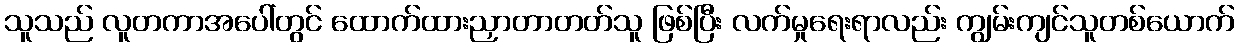
သူသည် လူတကာအပေါ်တွင် ထောက်ထားညှာတာတတ်သူ ဖြစ်ပြီး လက်မှုရေးရာလည်း ကျွမ်းကျင်သူတစ်ယောက်